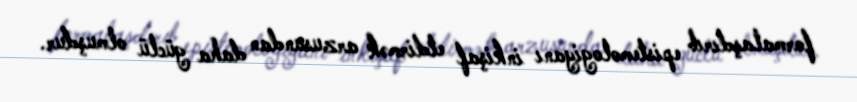
formalaşdırıb epistemologiyanı inkişaf etdirmək arzusundan daha güclü olmuşdur.